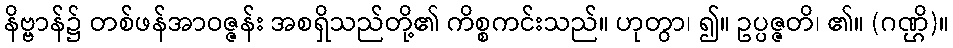
နိဗ္ဗာန်၌ တစ်ဖန်အာဝဇ္ဇန်း အစရှိသည်တို့၏ ကိစ္စကင်းသည်။ ဟုတွာ၊ ၍။ ဥပ္ပဇ္ဇတိ၊ ၏။ (ဂဏ္ဌိ)။